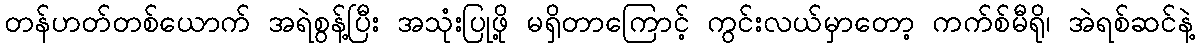
တန်ဟတ်တစ်ယောက် အရဲစွန့်ပြီး အသုံးပြုဖို့ မရှိတာကြောင့် ကွင်းလယ်မှာတော့ ကက်စ်မီရို၊ အဲရစ်ဆင်နဲ့